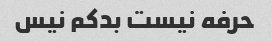
حرفه نیست بدکم نیس